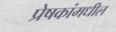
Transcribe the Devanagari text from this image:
प्रेषकांमधील